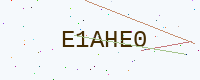
Text: E1AHE0